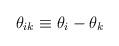
LaTeX: \begin{align*}\theta _{ik}\equiv \theta _{i}-\theta _{k}\end{align*}